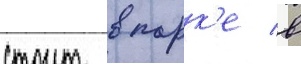
стоит в парк'е в